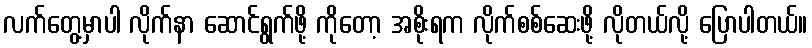
လက်တွေ့မှာပါ လိုက်နာ ဆောင်ရွက်ဖို့ ကိုတော့ အစိုးရက လိုက်စစ်ဆေးဖို့ လိုတယ်လို့ ပြောပါတယ်။